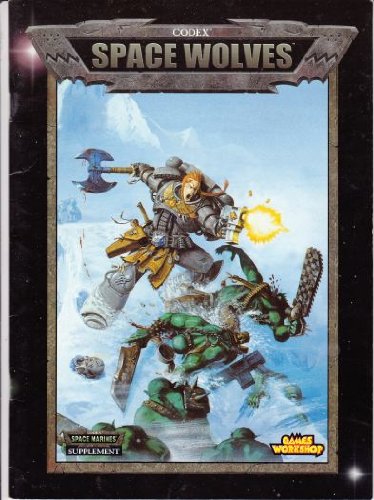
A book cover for Warhammer 40, 000 Codex: Space Wolves; Jervis Johnson; Science Fiction & Fantasy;